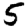
Digit: 5